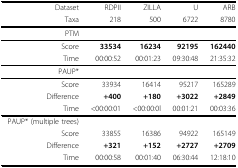
<table><thead><tr><td><b>Dataset</b></td><td><b>RDPII</b></td><td><b>ZILLA</b></td><td><b>U</b></td><td><b>ARB</b></td></tr><tr><td><b>Taxa</b></td><td><b>218</b></td><td><b>500</b></td><td><b>6722</b></td><td><b>8780</b></td></tr></thead><tbody><tr><td>PTM</td><td></td><td></td><td></td><td></td></tr><tr><td>Score</td><td><b>33534</b></td><td><b>16234</b></td><td><b>92195</b></td><td><b>162440</b></td></tr><tr><td>Time</td><td>00:00:52</td><td>00:01:23</td><td>09:30:48</td><td>21:35:32</td></tr><tr><td>PAUP*</td><td></td><td></td><td></td><td></td></tr><tr><td>Score</td><td>33934</td><td>16414</td><td>95217</td><td>165289</td></tr><tr><td>Difference</td><td><b>+400</b></td><td><b>+180</b></td><td><b>+3022</b></td><td><b>+2849</b></td></tr><tr><td>Time</td><td>&lt;00:00:01</td><td>&lt;00:00:0l</td><td>00:01:21</td><td>00:03:36</td></tr><tr><td>PAUP* (multiple trees)</td><td></td><td></td><td></td><td></td></tr><tr><td>Score</td><td>33855</td><td>16386</td><td>94922</td><td>165149</td></tr><tr><td>Difference</td><td><b>+321</b></td><td><b>+152</b></td><td><b>+2727</b></td><td><b>+2709</b></td></tr><tr><td>Time</td><td>00:00:58</td><td>00:01:40</td><td>06:30:44</td><td>12:18:10</td></tr></tbody></table>